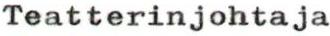
Teatterinjohtaja